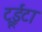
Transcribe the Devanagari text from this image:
ट्रूईटा